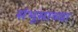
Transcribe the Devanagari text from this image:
संभूसाच्या